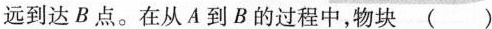
远到达B点。在从A到B的过程中，物块 ( )